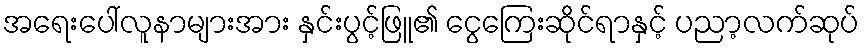
အရေးပေါ်လူနာများအား နှင်းပွင့်ဖြူ၏ ငွေကြေးဆိုင်ရာနှင့် ပညာ့လက်ဆုပ်